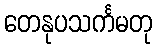
တေနုပသင်္ကမတု